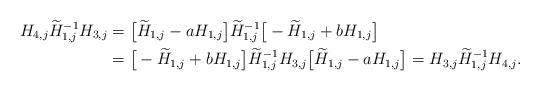
LaTeX: \begin{align*} H_{4,j}\widetilde H_{1,j}^{-1}H_{3,j} & = \big[ \widetilde H_{1,j} - a H_{1,j} \big] \widetilde H_{1,j}^{-1} \big[ - \widetilde H_{1,j} + b H_{1,j} \big] \\ & = \big[ -\widetilde H_{1,j} + b H_{1,j} \big] \widetilde H_{1,j}^{-1}H_{3,j} \big[ \widetilde H_{1,j} - a H_{1,j} \big] = H_{3,j}\widetilde H_{1,j}^{-1}H_{4,j}. \end{align*}